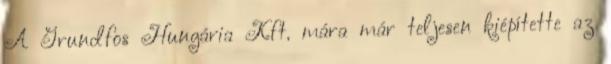
A Grundfos Hungária Kft. mára már teljesen kiépítette az